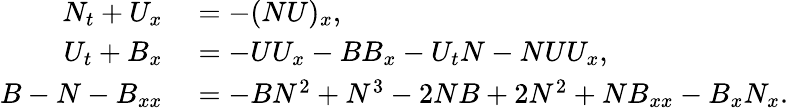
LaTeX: \begin{array}{rl}{N_{t}+U_{x}}&{{}=-(NU)_{x},}\\ {U_{t}+B_{x}}&{{}=-UU_{x}-BB_{x}-U_{t}N-NUU_{x},}\\ {B-N-B_{xx}}&{{}=-BN^{2}+N^{3}-2NB+2N^{2}+NB_{xx}-B_{x}N_{x}.}\end{array}